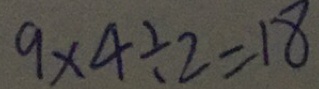
9 \times 4 \div 2 = 1 8